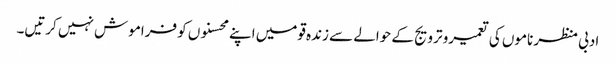
ادبی منظر ناموں کی تعمیرو ترویج کے حوالے سے زندہ قومیں اپنے محسنوں کو فراموش نہیں کرتیں۔